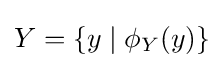
Y=\{y\mid \phi _{Y}(y)\}